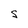
Character: S